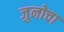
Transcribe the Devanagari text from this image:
जुनोचा